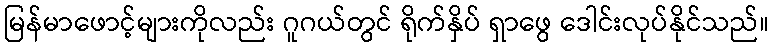
မြန်မာဖောင့်များကိုလည်း ဂူဂယ်တွင် ရိုက်နှိပ် ရှာဖွေ ဒေါင်းလုပ်နိုင်သည်။